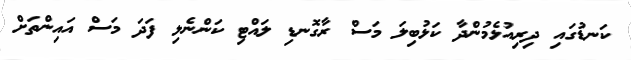
ކަނޑުގައި ދިރިއުޅެމުންދާ ކަޅުބިލަ މަސް ރާގޮނޑި ލައްޓި ކަންނެލި ފަދަ މަސް އައިންތަށް